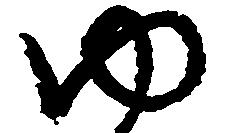
ゆ